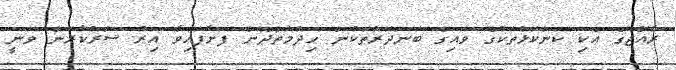
ރާއްޖޭގެ އެކި ކަންކޮޅުތަކުގެ ވައިގެ ބަނދަރުތަކުން ހިދުމަތްދޭން ފަށާފައިވާ އިރު ސަރުކާރުން ވަނީ